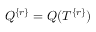
Q ^ { \{ r \} } = Q ( T ^ { \{ r \} } )